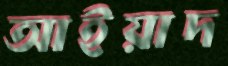
আইয়াদ